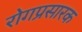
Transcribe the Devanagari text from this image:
रोगप्रसारक